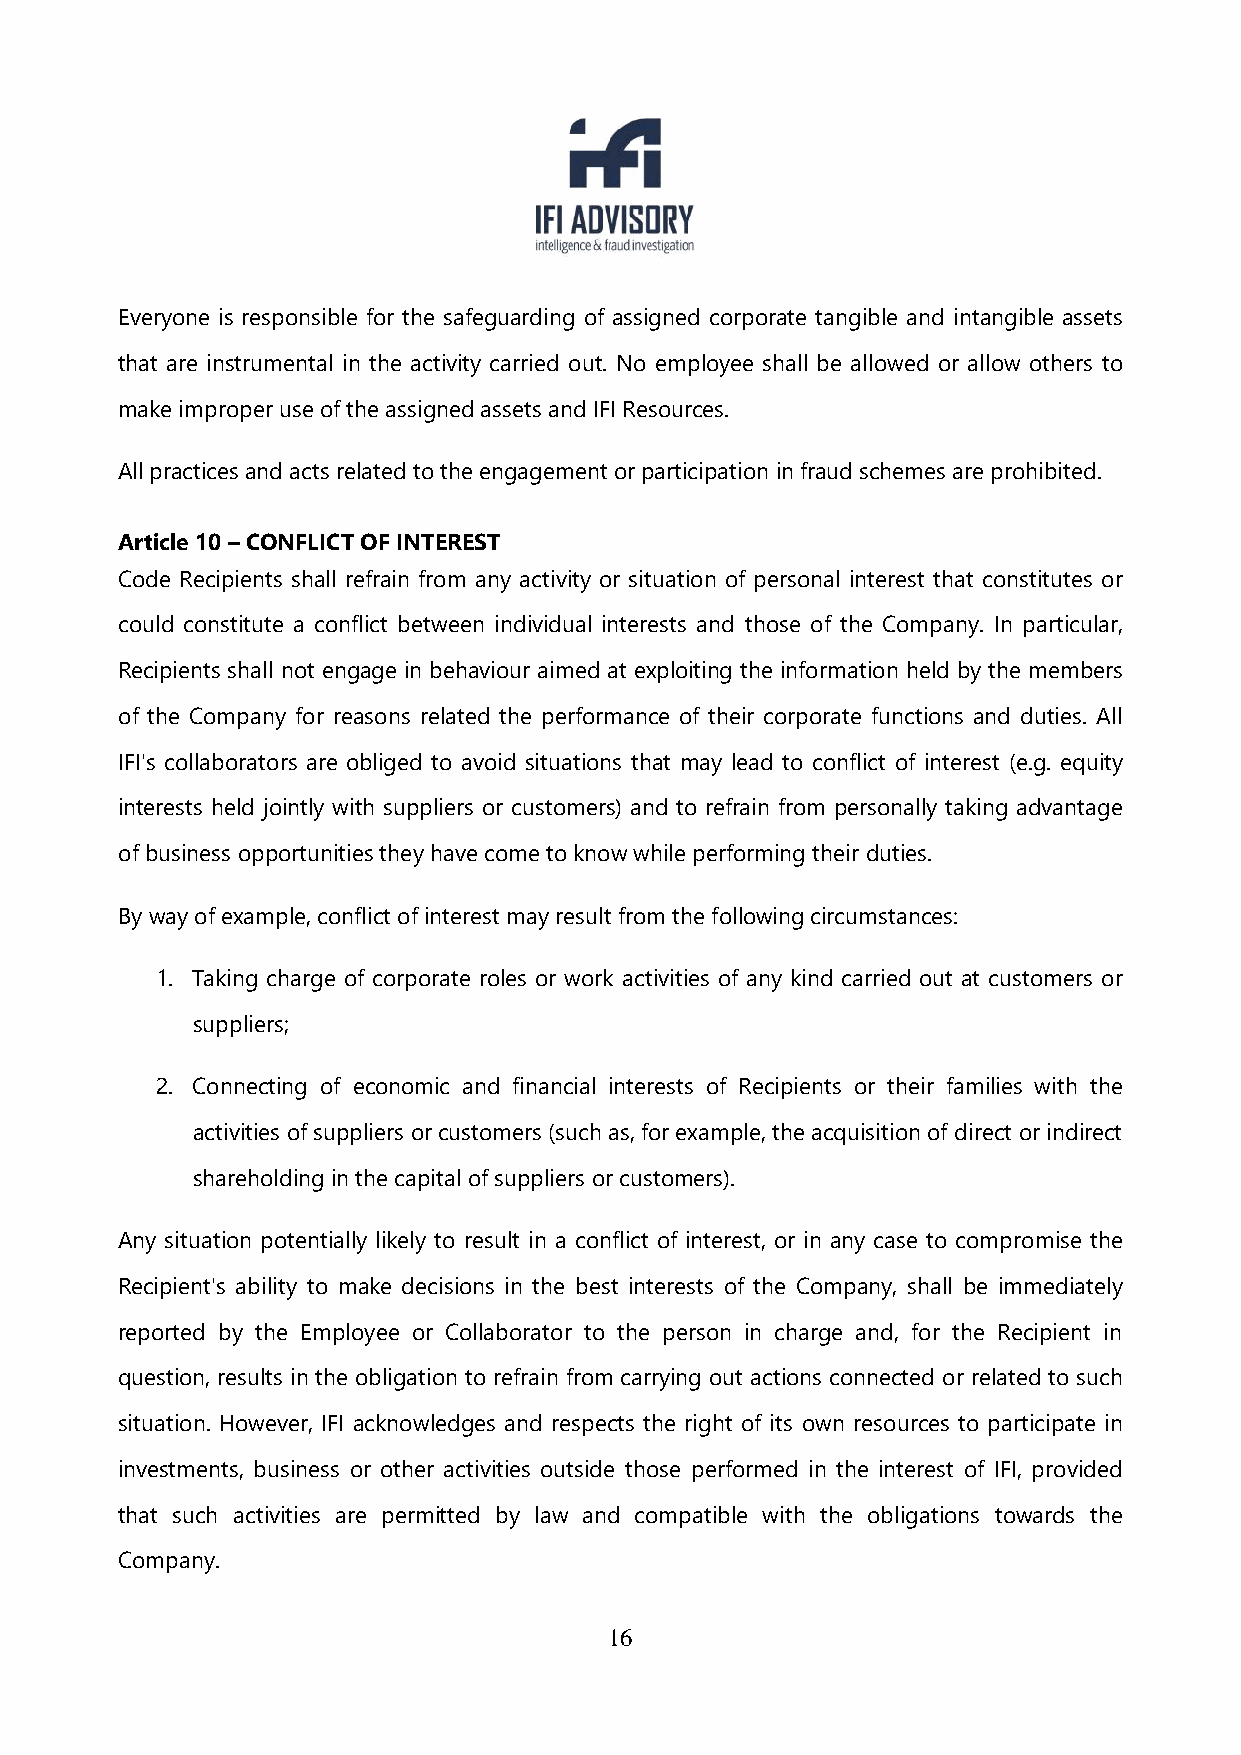
Everyone is responsible for the safeguarding of assigned corporate tangible and intangible assets
 that are instrumental in the activity carried out. No employee shall be allowed or allow others to
 make improper use of the assigned assets and IFI Resources.
 All practices and acts related to the engagement or participation in fraud schemes are prohibited.
 Article 10 – CONFLICT OF INTEREST
 Code Recipients shall refrain from any activity or situation of personal interest that constitutes or
 could constitute a conflict between individual interests and those of the Company. In particular,
 Recipients shall not engage in behaviour aimed at exploiting the information held by the members
 of the Company for reasons related the performance of their corporate functions and duties. All
 IFI's collaborators are obliged to avoid situations that may lead to conflict of interest (e.g. equity
 interests held jointly with suppliers or customers) and to refrain from personally taking advantage
 of business opportunities they have come to know while performing their duties.
 By way of example, conflict of interest may result from the following circumstances:
 1. Taking charge of corporate roles or work activities of any kind carried out at customers or
 suppliers;
 2. Connecting of economic and financial interests of Recipients or their families with the
 activities of suppliers or customers (such as, for example, the acquisition of direct or indirect
 shareholding in the capital of suppliers or customers).
 Any situation potentially likely to result in a conflict of interest, or in any case to compromise the
 Recipient's ability to make decisions in the best interests of the Company, shall be immediately
 reported by the Employee or Collaborator to the person in charge and, for the Recipient in
 question, results in the obligation to refrain from carrying out actions connected or related to such
 situation. However, IFI acknowledges and respects the right of its own resources to participate in
 investments, business or other activities outside those performed in the interest of IFI, provided
 that such activities are permitted by law and compatible with the obligations towards the
 Company.
 16